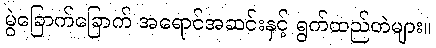
မွဲခြောက်ခြောက် အရောင်အဆင်းနှင့် ရွက်ထည်တဲများ။